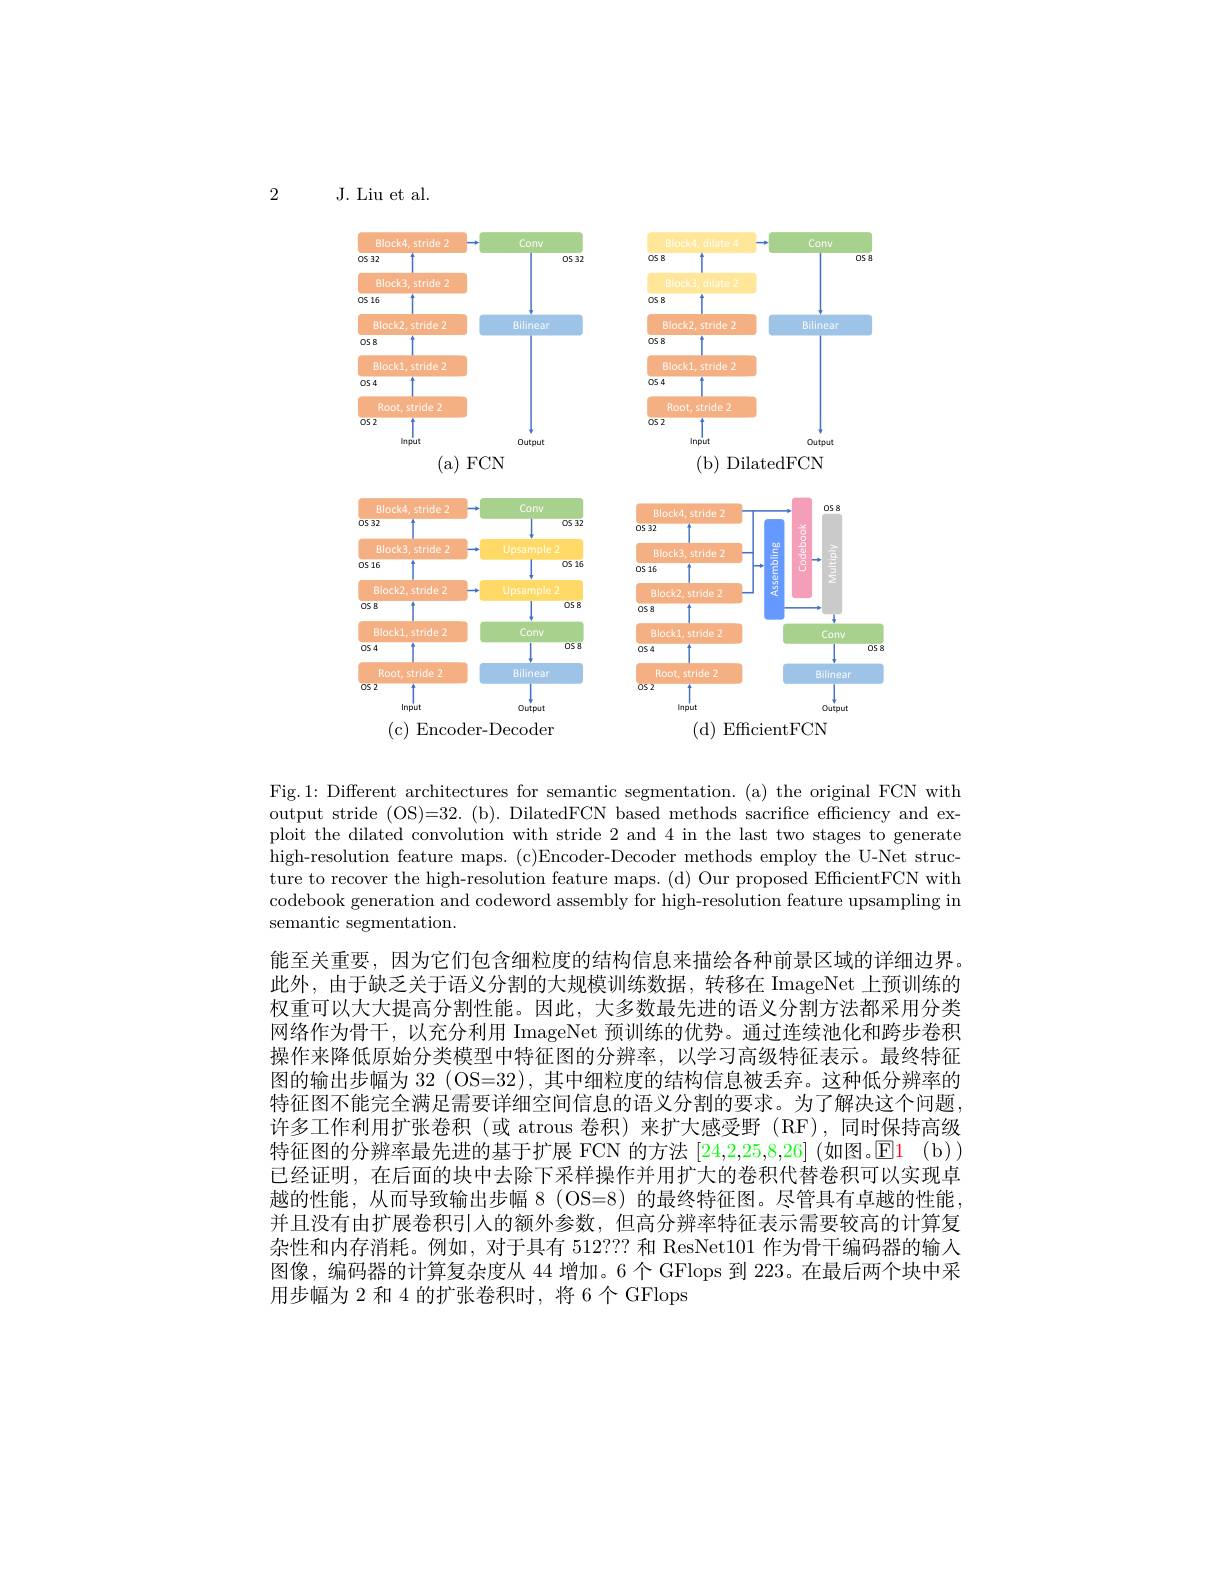
2

J. Liu et al.

<FigureHere>
( b) DilatedFCN

<FigureHere>
(a)FCN

<FigureHere>

( c) Encoder- Decoder
(d) EfficientFCN

Fig.1: Different architectures for semantic segmentation. (a) the original FCN with output stride (OS)=32. (b). DilatedFCN based methods sacrifice efficiency and exploit the dilated convolution with stride 2 and 4 in the last two stages to generate high-resolution feature maps. (c)Encoder-Decoder methods employ the U-Net structure to recover the high-resolution feature maps. (d) Our proposed EfficientFCN with codebook generation and codeword assembly for high-resolution feature upsampling in semantic segmentation.

能至关重要，因为它们包含细粒度的结构信息来描绘各种前景区域的详细边界。此外，由于缺乏关于语义分割的大规模训练数据，转移在 ImageNet 上预训练的权重可以大大提高分割性能。因此，大多数最先进的语义分割方法都采用分类网络作为骨干，以充分利用 ImageNet 预训练的优势。通过连续池化和跨步卷积操作来降低原始分类模型中特征图的分辨率，以学习高级特征表示。最终特征图的输出步幅为 32 (OS=32), 其中细粒度的结构信息被丢弃。这种低分辨率的特征图不能完全满足需要详细空间信息的语义分割的要求。为了解决这个问题许多工作利用扩张卷积(或 atrous 卷积)来扩大感受野(RF),同时保持高级特征图的分辨率最先进的基于扩展 FCN 的方法 [24,2,25,8,26] (如图。$\color{red}{\mathrm{El}}$ (b)) 已经证明，在后面的块中去除下采样操作并用扩大的卷积代替卷积可以实现卓越的性能，从而导致输出步幅 8(OS=8)的最终特征图。尽管具有卓越的性能并且没有由扩展卷积引人的额外参数，但高分辨率特征表示需要较高的计算复杂性和内存消耗。例如，对于具有 512??? 和 ResNet101 作为骨干编码器的输入图像，编码器的计算复杂度从 44 增加。6 个 GFlops 到 223。在最后两个块中采用步幅为 2 和 4 的扩张卷积时，将 6 个 GFlops